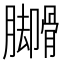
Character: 𬛟